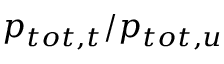
p _ { t o t , t } / p _ { t o t , u }